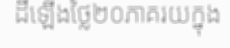
ដីឡើងថ្លៃ២០ភាគរយក្នុង